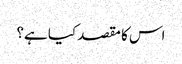
اس کا مقصد کیا ہے؟